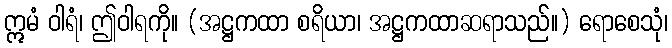
ဣမံ ဝါရံ၊ ဤဝါရကို။ (အဋ္ဌကထာ စရိယာ၊ အဋ္ဌကထာဆရာသည်။) ရောစေသုံ၊